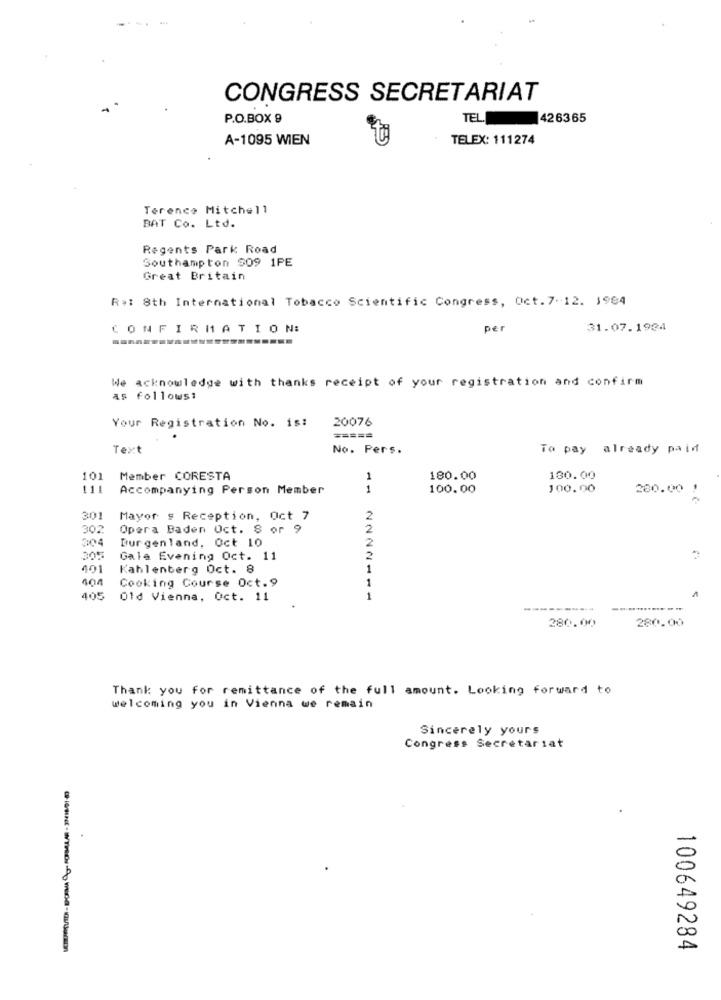
CONGRESS SECRETARIAT
P.O.BOX 9
TEL.
426365
A-1095 WIEN
TELEX: 111274
Terence Mitchell
BAT Co. Ltd.
Regents Park Road
Southampton SO9 1PE
Great Britain
Re: 8th International Tobacco Scientific Congress, Oct.7-12. 1984
CONFIRMATION:
per
31.07.1934
We acknowledge with thanks receipt of your registration and confirm
as follows:
Your Registration No. is:
20076
=====
Text
No. Pers.
To pay already paid
101
Member CORESTA
1
180.00
180.00
111
Accompanying Person Member
1
100.00
100.00
280.00
301
Mayor s Reception, Oct 7
2
302
Opera Baden Oct. 8 or 9
2
0:04
Burgenland. Oct 10
2
205
Gale Evening Oct. 11
2
401
Kahlenberg Oct. 8
1
Cooking Course Oct.9
1
405
Old Vienna, Oct. 11
1
280.00
280.00
Thank you for remittance of the full amount. Looking forward to
welcoming you in Vienna we remain
Sincerely yours
Congress Secretariat
100649284